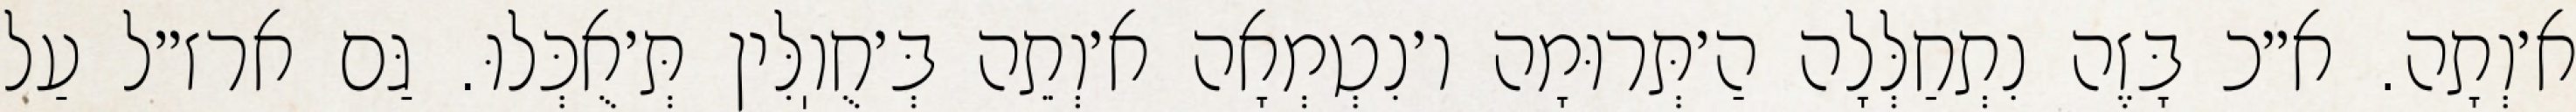
א׳וְתָה. א״כ בָּזֶה נִתְחַלְּלָה הַ׳תְּרוּמָה ו׳נִטְמְאָה א׳וְתֵה בְּ׳חֻוֽלִּין תְּ׳אֻכְּלוּ. גַּם ארז״ל עַל